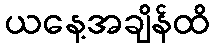
ယနေ့အချိန်ထိ